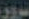
سرور